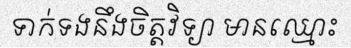
ទាក់ទងនឹងចិត្តវិទ្យា មានឈ្មោះ